65_HS1-834228961_62-HQ-83894_Section_7
Agency: FBI
Page 59
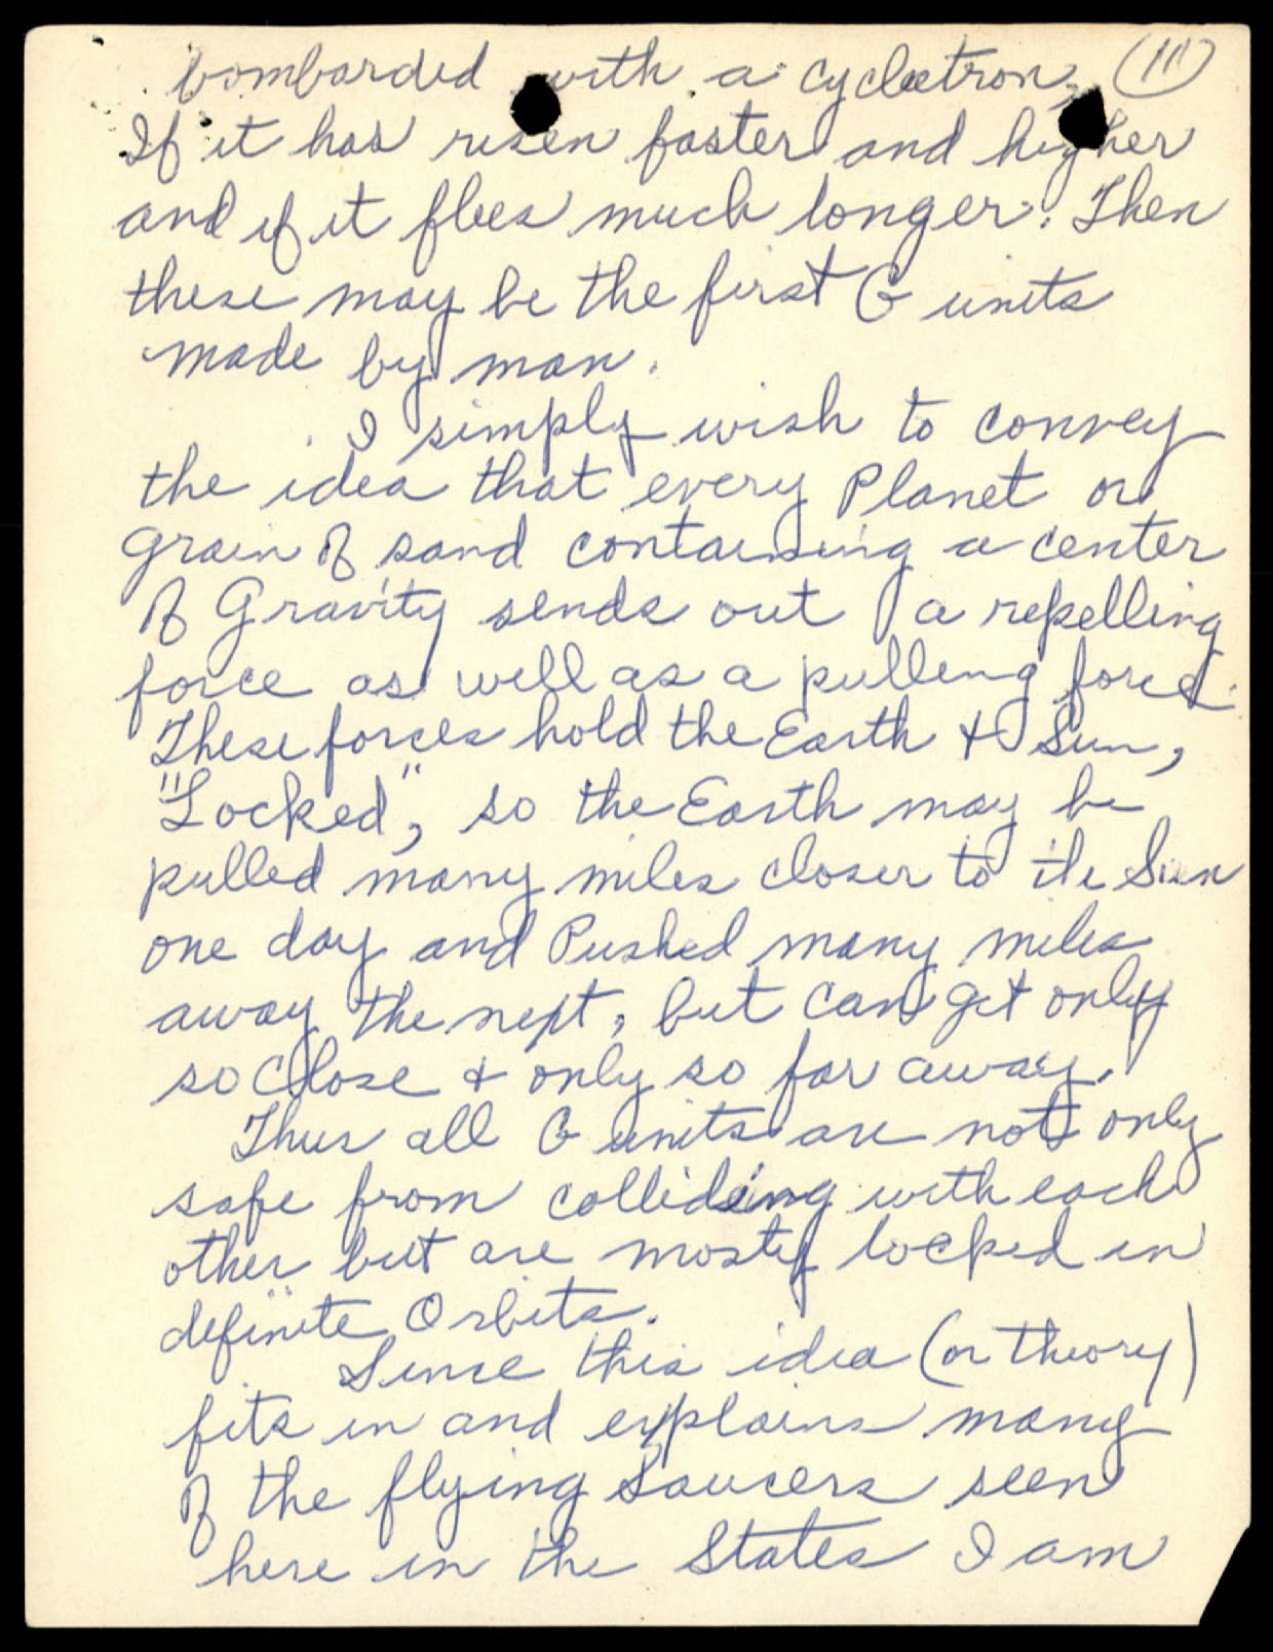